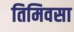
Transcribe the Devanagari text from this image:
तिमिवसा